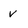
Character: v